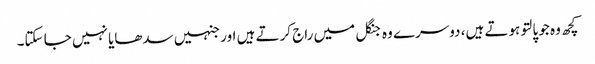
کچھ وہ جو پالتو ہوتے ہیں، دوسرے وہ جنگل میں راج کرتے ہیں اور جنہیں سدھایا نہیں جا سکتا۔